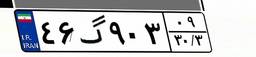
۴۶گ۹۰۳۰۹